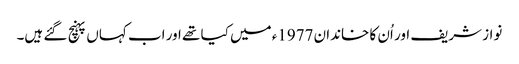
نواز شریف اور اُن کا خاندان 1977ء میں کیا تھے اور اب کہاں پہنچ گئے ہیں۔